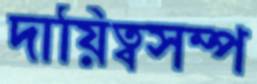
দায়িত্বসম্প